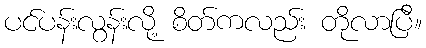
ပင်ပန်းလွန်းလို့ စိတ်ကလည်း တိုလာပြီ။